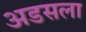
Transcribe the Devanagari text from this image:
अडसला